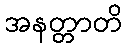
အနတ္တာတိ